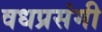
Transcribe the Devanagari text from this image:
वधप्रसंगी